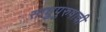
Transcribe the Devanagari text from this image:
साधुपुरुषाची